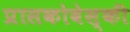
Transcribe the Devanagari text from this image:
प्रासकोवेस्की